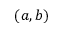
( a , b )